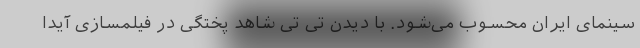
سینمای ایران محسوب می‌شود. با دیدن تی تی شاهد پختگی در فیلمسازی آیدا